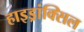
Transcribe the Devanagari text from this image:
हाइड्रांक्सिल